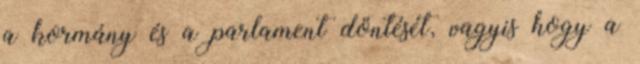
a kormány és a parlament döntését, vagyis hogy a